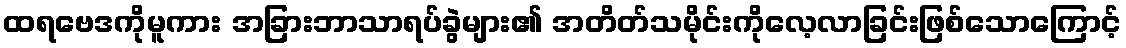
ထရဗေဒကိုမူကား အခြားဘာသာရပ်ခွဲများ၏ အတိတ်သမိုင်းကိုလေ့လာခြင်းဖြစ်သောကြောင့်